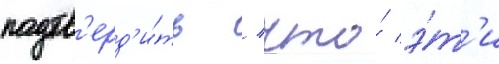
подтв'ерд'и́ть / что́ э́т'и